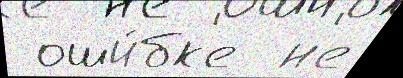
 оши́бк'е  н'е